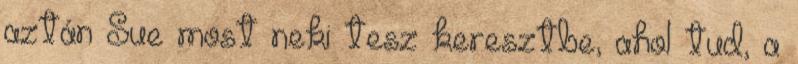
aztán Sue most neki tesz keresztbe, ahol tud, a